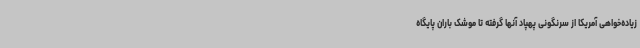
زیاده‌خواهی آمریکا از سرنگونی پهپاد آنها گرفته تا موشک باران پایگاه